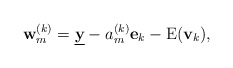
\begin{align*} {\bf w}_m^{(k)}= \underline{{\bf y}} - a_m^{(k)}{\bf e}_k - \text E({\bf v}_k), \end{align*}